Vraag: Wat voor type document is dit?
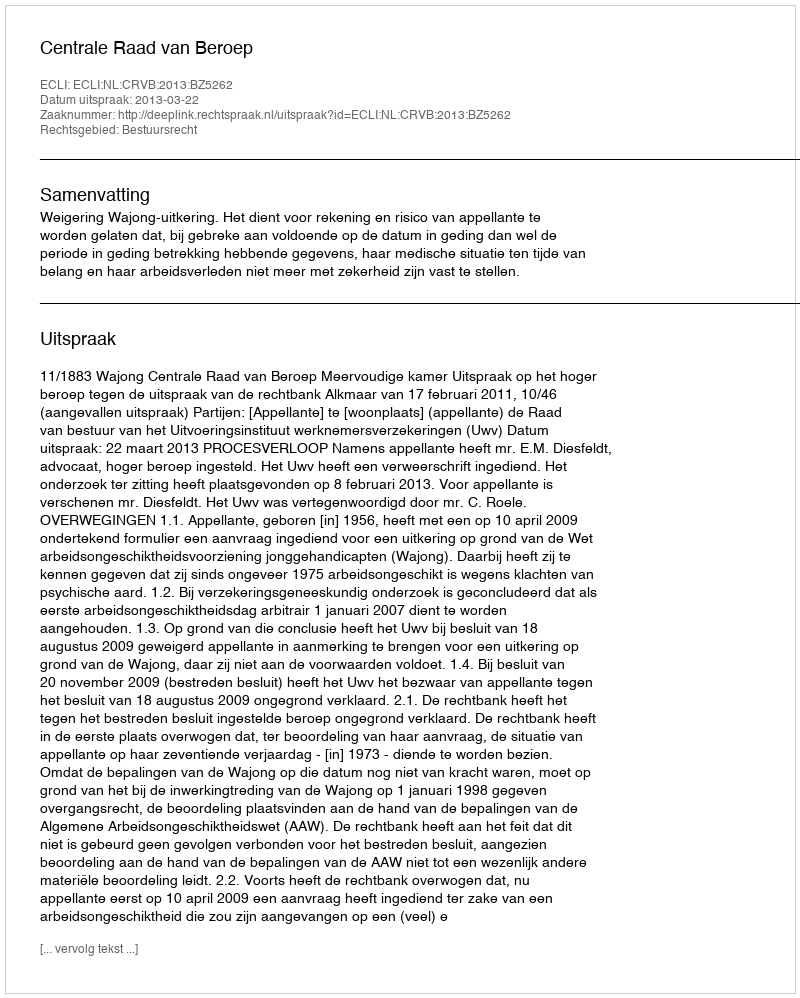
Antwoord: Uitspraak